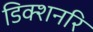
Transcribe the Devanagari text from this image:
डिक्शनरि